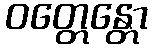
ဝတ္တေန္တော